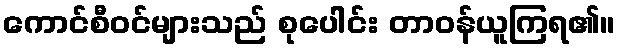
ကောင်စီဝင်များသည် စုပေါင်း တာဝန်ယူကြရ၏။